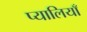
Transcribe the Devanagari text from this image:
प्यालियाँ